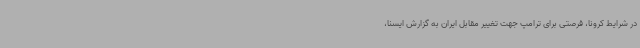
در شرایط کرونا، فرصتی برای ترامپ جهت تغییر مقابل ایران به گزارش ایسنا،